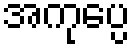
အကုပ္ပေ